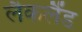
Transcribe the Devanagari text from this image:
लैकलैंड